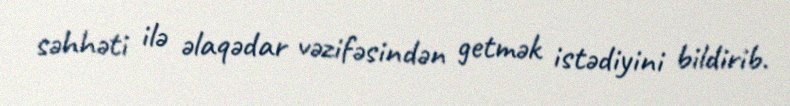
səhhəti ilə əlaqədar vəzifəsindən getmək istədiyini bildirib.